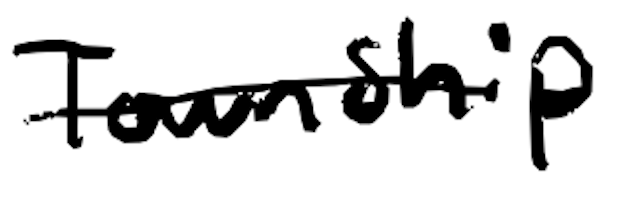
Text: Township
Cross-out: single-line
Writing tool: digital_black